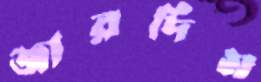
জারদিম